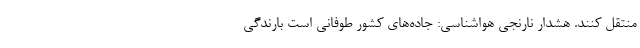
منتقل کنند. هشدار نارنجی هواشناسی: جاده‌های کشور طوفانی است بارندگی